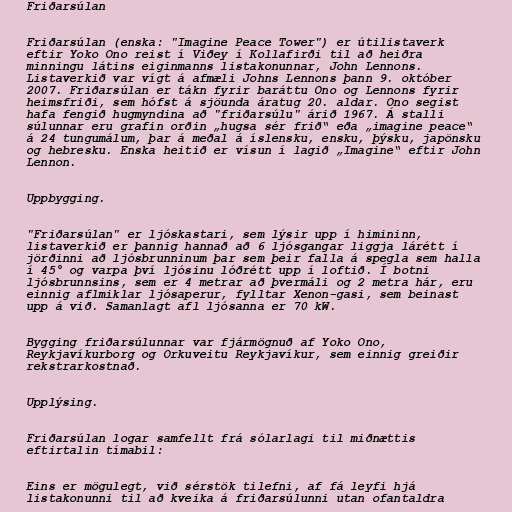
Friðarsúlan

Friðarsúlan (enska: "Imagine Peace Tower") er útilistaverk
eftir Yoko Ono reist í Viðey í Kollafirði til að heiðra
minningu látins eiginmanns listakonunnar, John Lennons.
Listaverkið var vígt á afmæli Johns Lennons þann 9. október
2007. Friðarsúlan er tákn fyrir baráttu Ono og Lennons fyrir
heimsfriði, sem hófst á sjöunda áratug 20. aldar. Ono segist
hafa fengið hugmyndina að "friðarsúlu" árið 1967. Á stalli
súlunnar eru grafin orðin „hugsa sér frið“ eða „imagine peace“
á 24 tungumálum, þar á meðal á íslensku, ensku, þýsku, japönsku
og hebresku. Enska heitið er vísun í lagið „Imagine“ eftir John
Lennon.

Uppbygging.

"Friðarsúlan" er ljóskastari, sem lýsir upp í himininn,
listaverkið er þannig hannað að 6 ljósgangar liggja lárétt í
jörðinni að ljósbrunninum þar sem þeir falla á spegla sem halla
í 45° og varpa því ljósinu lóðrétt upp í loftið. Í botni
ljósbrunnsins, sem er 4 metrar að þvermáli og 2 metra hár, eru
einnig aflmiklar ljósaperur, fylltar Xenon-gasi, sem beinast
upp á við. Samanlagt afl ljósanna er 70 kW.

Bygging friðarsúlunnar var fjármögnuð af Yoko Ono,
Reykjavíkurborg og Orkuveitu Reykjavíkur, sem einnig greiðir
rekstrarkostnað.

Upplýsing.

Friðarsúlan logar samfellt frá sólarlagi til miðnættis
eftirtalin tímabil:

Eins er mögulegt, við sérstök tilefni, af fá leyfi hjá
listakonunni til að kveika á friðarsúlunni utan ofantaldra